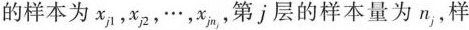
的样本为x_{j1},x_{j2}，\cdots，x_{jn}，第j层的样本量为n_{j}，样